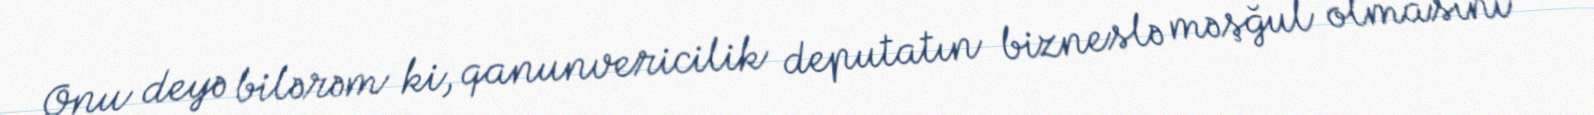
Onu deyə bilərəm ki, qanunvericilik deputatın bizneslə məşğul olmasını